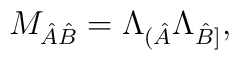
M_{\hat A\hat B}=\Lambda_{(\hat A}\Lambda_{\hat B]},